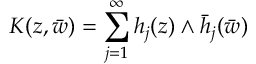
{ \cal K } ( z , \bar { w } ) = \sum _ { j = 1 } ^ { \infty } h _ { j } ( z ) \wedge \bar { h } _ { j } ( \bar { w } )